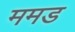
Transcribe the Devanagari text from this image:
ममड